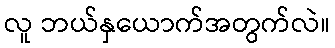
လူ ဘယ်နှယောက်အတွက်လဲ။